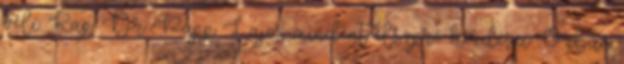
véli. Kap. Dr. Papp Lajos mindent elsöprő kérdései Orbán